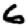
Digit: 6